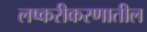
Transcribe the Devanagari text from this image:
लष्करीकरणातील